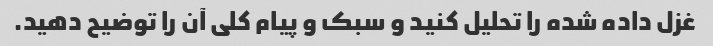
غزل داده شده را تحلیل کنید و سبک و پیام کلی آن را توضیح دهید.